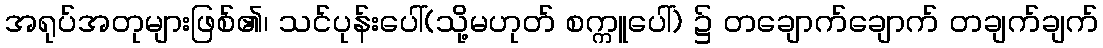
အရုပ်အတုများဖြစ်၏၊ သင်ပုန်းပေါ်(သို့မဟုတ် စက္ကူပေါ်) ၌ တချောက်ချောက် တချက်ချက်